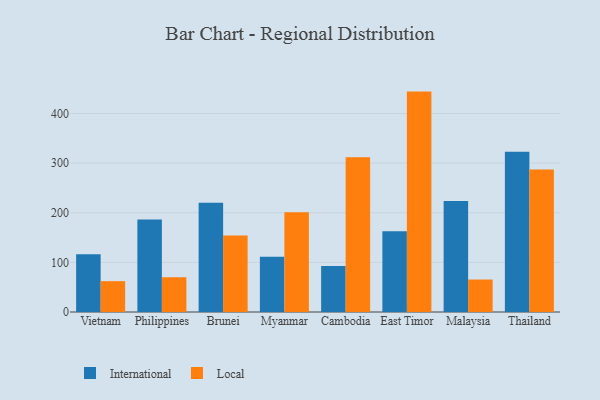
{"axis": {"x": "Country", "y": "Conversion Rate (%)"}, "legend": ["International", "Local"], "data": [{"x": "Vietnam", "y": 116.2, "type": "International"}, {"x": "Vietnam", "y": 62.2, "type": "Local"}, {"x": "Philippines", "y": 186.2, "type": "International"}, {"x": "Philippines", "y": 70.0, "type": "Local"}, {"x": "Brunei", "y": 220.1, "type": "International"}, {"x": "Brunei", "y": 154.2, "type": "Local"}, {"x": "Myanmar", "y": 111.1, "type": "International"}, {"x": "Myanmar", "y": 201.2, "type": "Local"}, {"x": "Cambodia", "y": 92.9, "type": "International"}, {"x": "Cambodia", "y": 311.6, "type": "Local"}, {"x": "East Timor", "y": 162.5, "type": "International"}, {"x": "East Timor", "y": 444.1, "type": "Local"}, {"x": "Malaysia", "y": 223.5, "type": "International"}, {"x": "Malaysia", "y": 65.4, "type": "Local"}, {"x": "Thailand", "y": 322.9, "type": "International"}, {"x": "Thailand", "y": 287.0, "type": "Local"}]}